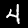
Label: 4